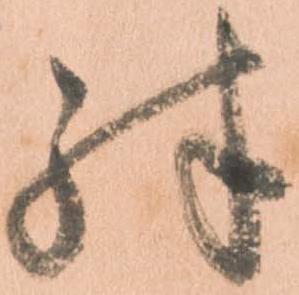
殊